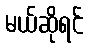
မယ်ဆိုရင်